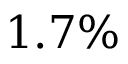
1 . 7 \%